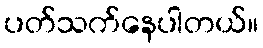
ပတ်သက်နေပါတယ်။